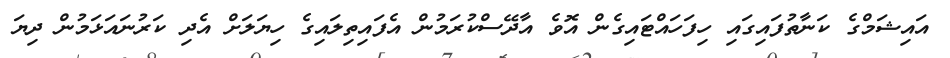
އައިޝަމްގެ ކަނާތުފައިގައި ހިފަހައްޓައިގެން އޮވެ އާދޭސްކުރަމުން އެފައިތިލައިގެ ހިޔަލަށް އެދި ކަރުނައަޅަމުން ދިޔަ